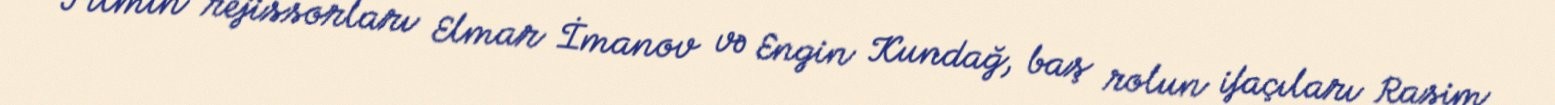
Filmin rejissorları Elmar İmanov və Engin Kundağ, baş rolun ifaçıları Rasim